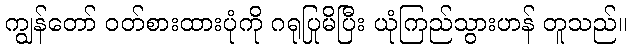
ကျွန်တော် ဝတ်စားထားပုံကို ဂရုပြုမိပြီး ယုံကြည်သွားဟန် တူသည်။